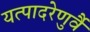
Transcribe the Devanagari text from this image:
यत्पादरेणुर्वै